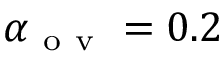
\alpha _ { \mathrm { ~ o ~ v ~ } } = 0 . 2